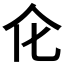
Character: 𠆪